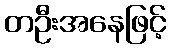
တဦးအနေဖြင့်